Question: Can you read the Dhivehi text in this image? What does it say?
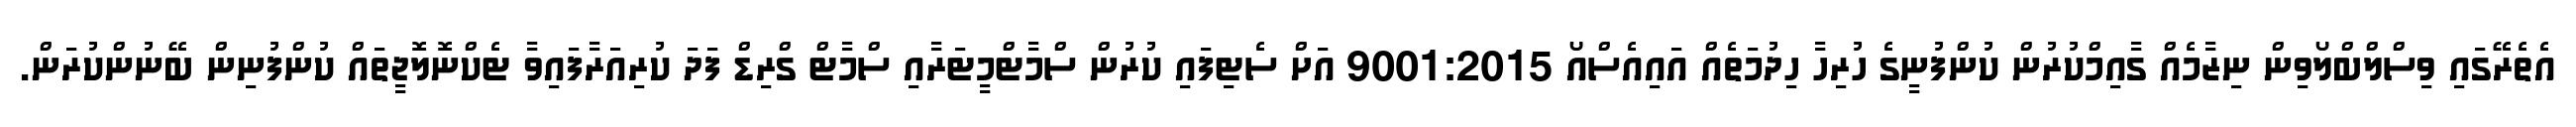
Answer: އެތެރޭގައި ވިސްލްބްލޯވިން ނިޒާމެއް ގާއިމްކުރުން ކުންފުނީގެ ހުރިހާ ހިދުމަތެއް އައިއެސްއޯ 9001:2015 އަށް ސެޓިފައި ކުރުން ސްމާޓްމީޓަރާއި ސްމާޓް ގްރިޑް ފަދަ ކުރިއަރާފައިވާ ޓެކްނޮލޮޖީތައް ކުންފުނިން ބޭނުންކުރަން.